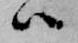
ハ